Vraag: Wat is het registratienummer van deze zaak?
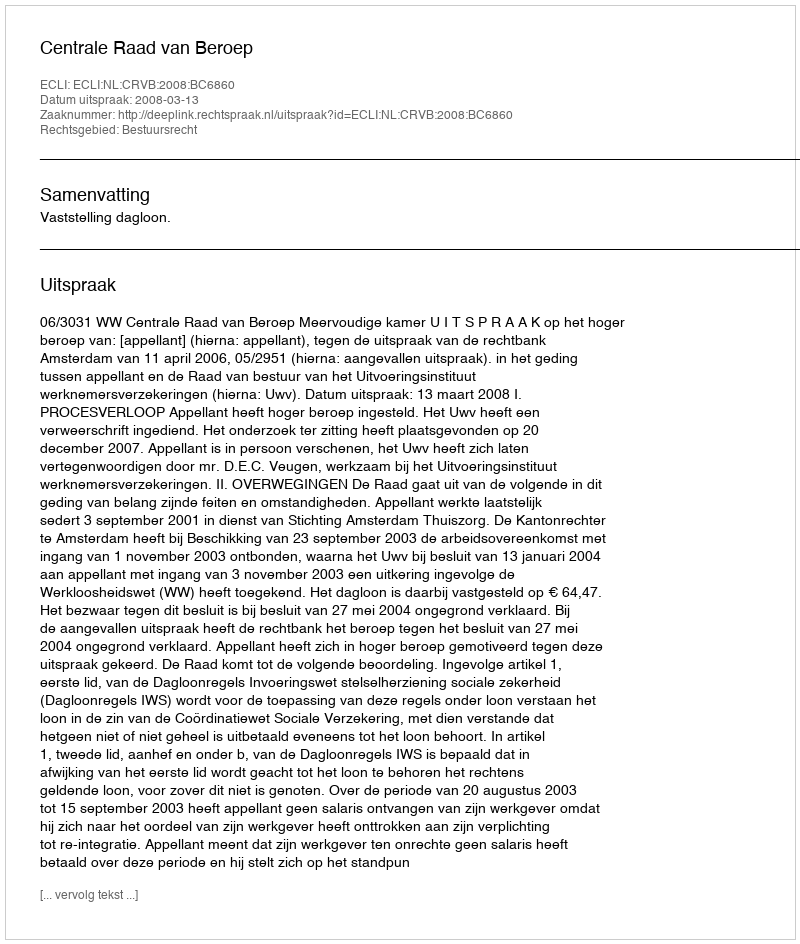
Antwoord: http://deeplink.rechtspraak.nl/uitspraak?id=ECLI:NL:CRVB:2008:BC6860